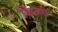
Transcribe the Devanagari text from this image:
किंजरी